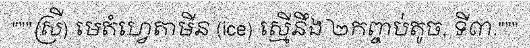
"""ស្រី) មេតំហ្វេតាមីន (ice) ស្មើនឹង ២កញ្ចប់តូច, ទី៣."""